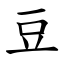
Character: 豆